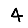
Digit: 4